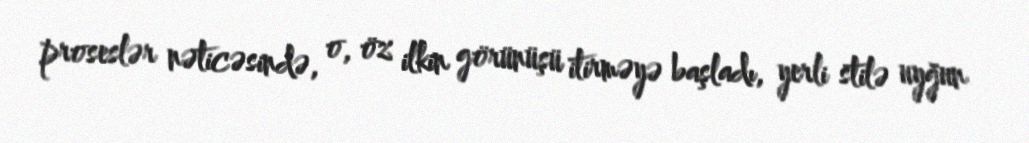
proseslər nəticəsində, o, öz ilkin görünüşü itirməyə başladı, yerli stilə uyğun